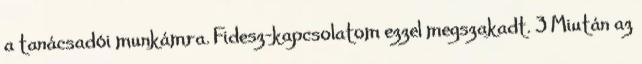
a tanácsadói munkámra. Fi­desz-kapcsolatom ezzel megszakadt. 3 Miután az